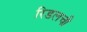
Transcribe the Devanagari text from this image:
रिडलची